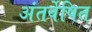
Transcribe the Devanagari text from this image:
अंतर्वेषित